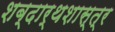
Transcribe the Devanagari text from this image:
शब्दार्थशास्त्र